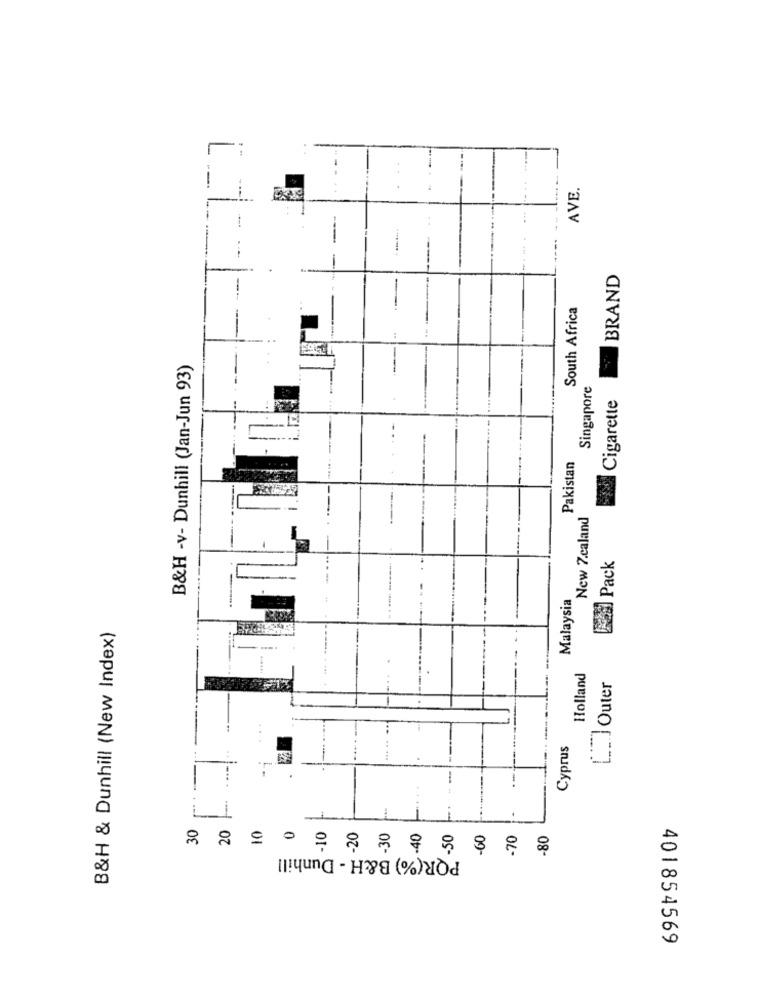
AVE.
BRAND
South Africa
B&H -v- Dunhill (Jan-Jun 93)
Singapore
Cigarette
Pakistan
New 7.caland
Ras] Pack
Malaysia
B&H & Dunhill (New Index)
Holland
[. ] Outer
T
Cyprus
....
30
20
PQR(%) B&H - Dunhill
401854569